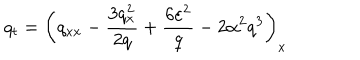
q _ { t } = \left( q _ { x x } - \frac { 3 q _ { x } ^ { 2 } } { 2 q } + \frac { 6 \varepsilon ^ { 2 } } { q } - 2 \alpha ^ { 2 } q ^ { 3 } \right) _ { x }